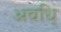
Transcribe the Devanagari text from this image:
अवधि्